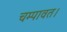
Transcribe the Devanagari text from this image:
चम्पावत।